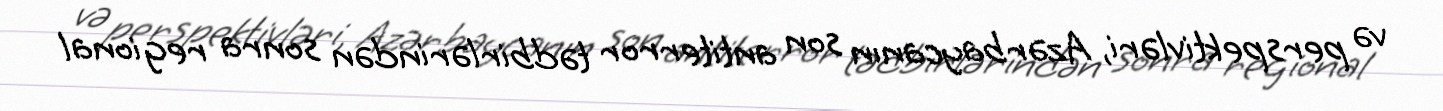
və perspektivləri, Azərbaycanın son antiterror tədbirlərindən sonra regional